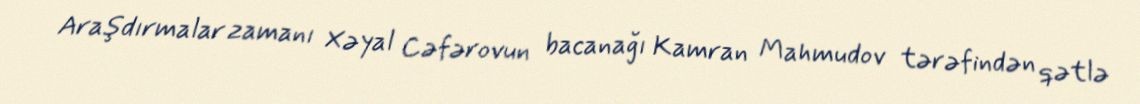
Araşdırmalar zamanı Xəyal Cəfərovun bacanağı Kamran Mahmudov tərəfindən qətlə